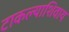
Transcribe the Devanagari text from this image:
टाकल्याशिवाय